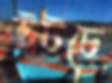
উটচে